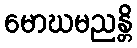
မောဃမညန္တိ